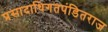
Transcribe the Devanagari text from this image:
प्रसादाधिगतपंडितराज